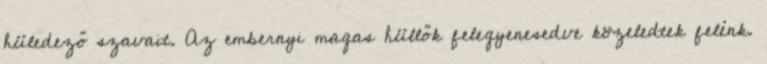
hüledező szavait. Az embernyi magas hüllők felegyenesedve közeledtek felénk.